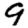
Digit: 9